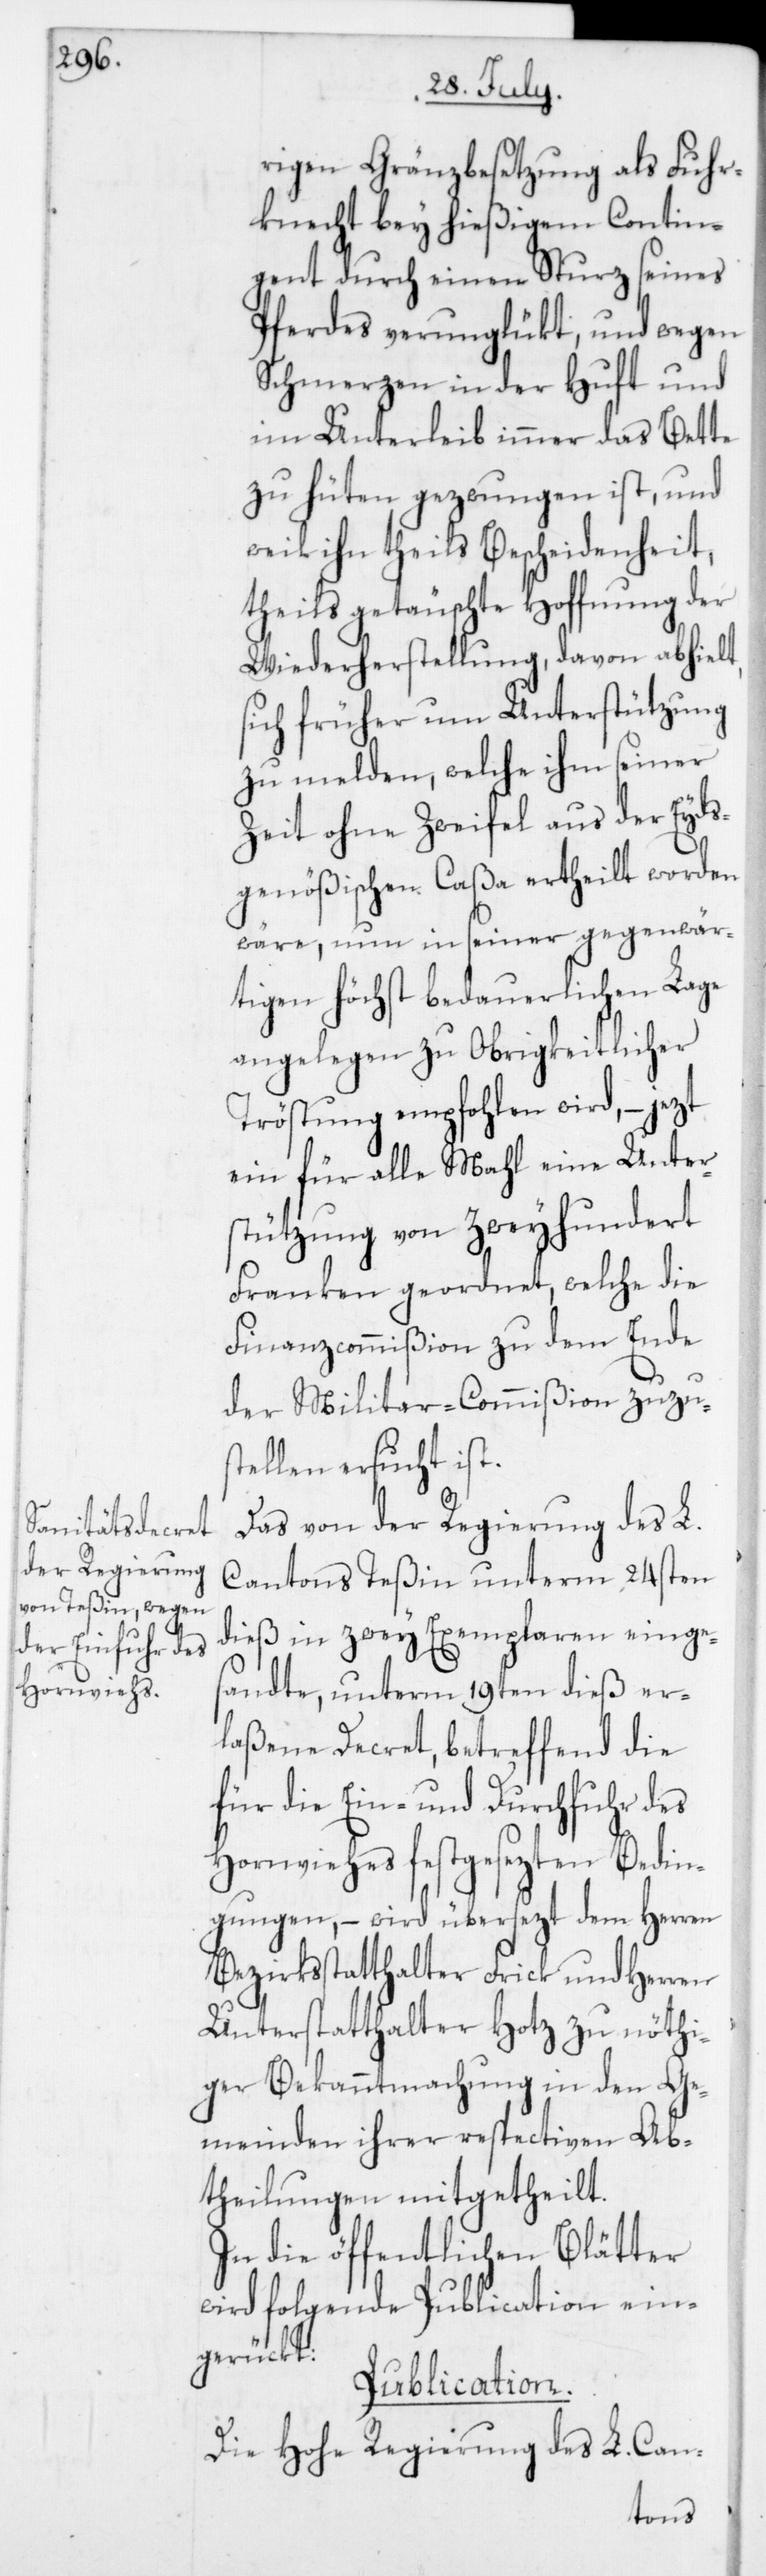
rigen Gränzbesetzung als Fuhr¬
knecht bey hießigem Contin¬
gent durch einen Sturz seines
Pferdes verunglükt, und wegen
Schmerzen in der Huft und
im Unterleib immer das Bette
zu hüten gezwungen ist, und
weil ihm theils Bescheidenheit,
theils getäuschte Hoffnung der
Wiederherstellung davon abhielt,
sich früher um Unterstützung
zum melden, welche ihm seiner
Zeit ohne Zweifel aus der Eyds¬
genößischen Caßa ertheilt worden
wäre, nun in seiner gegenwär¬
tigen höchst bedauerlichen Lage
angelegen zu Obrigkeitlicher
Tröstung empfohlen wird, – jezt
ein für alle Mahl eine Unter¬
stützung von Zweyhundert
Franken geordnet, welche die
Finanzcommißion zu dem Ende
der Militar-Commißion zuzus¬
tellen ersucht ist.
Das von der Regierung des L.
Cantons Teßin unterm 24sten
dieß in zwey Exemplaren einge¬
sandte, unterm 19ten dieß er¬
laßene Decret, betreffend die
für die Ein- und Durchfuhr des
Hornviehs festgesezten Bedin¬
gungen, – wird übersezt dem Herren
Bezirksstatthalter Frick und Herren
Unterstatthalter Hotz zu nöthi¬
ger Bekanntmachung in den Ge¬
meinden ihrer respectiven Ab¬
theilungen mitgetheilt.
In die öffentlichen Blätter
wird folgende Publication ein¬
gerückt:
Publication.
Die Hohe Regierung des L. Can-